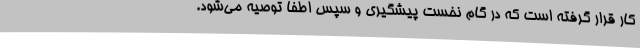
کار قرار گرفته است که در گام نخست پیشگیری و سپس اطفا توصیه می‌شود.